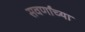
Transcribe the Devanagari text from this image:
सवर्णांच्या